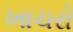
ખાચરો